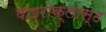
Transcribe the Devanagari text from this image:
पाइरोक्लास्ट